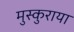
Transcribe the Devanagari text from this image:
मुस्कुराया